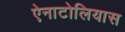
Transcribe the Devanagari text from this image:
ऐनाटोलियास